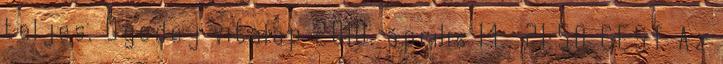
teljes. Ogodej vitalap 2010. április 14., 21:50 CEST Az